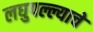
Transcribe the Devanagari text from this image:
लघुपल्ल्याचे